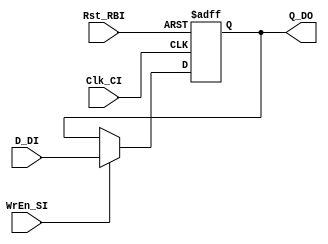
/*
 * FF.v
 * Flip-flop with asynchronous reset and write enable.
 *
 * Last update: October 11, 2017
 */

module FF
#(
   parameter DATA_WIDTH = 6   // Number of bits for data
 )
 (   
   input                       Clk_CI,  // Clock signal
   input                       Rst_RBI, // Asynchronous, active low reset
   input                       WrEn_SI, // Write enable

   input      [DATA_WIDTH-1:0] D_DI,    // Input data to FF
   
   output reg [DATA_WIDTH-1:0] Q_DO     // Output data of FF
 );

 always@(posedge Clk_CI or negedge Rst_RBI)
   if(~Rst_RBI)
     Q_DO <= 0;
   else if(WrEn_SI)
     Q_DO <= D_DI;

endmodule